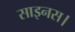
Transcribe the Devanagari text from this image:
साइनस।